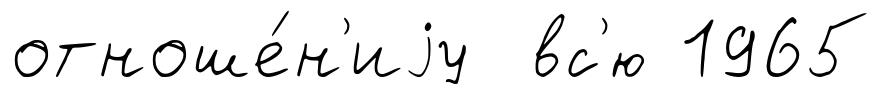
отноше́н'иjу вс'ю 1965